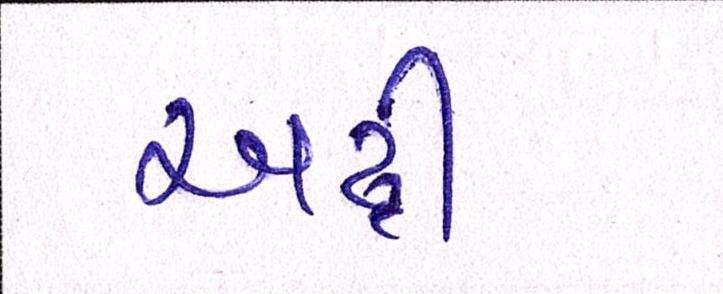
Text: અઢી